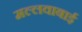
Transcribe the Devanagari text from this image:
मल्लवाबाई